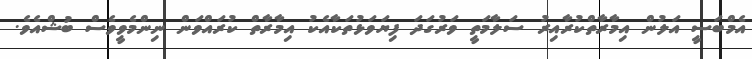
އެމްބަސީ އަލުން އިމާރާތްކުރާއިރު ސަލާމަތީ ވަރުގަދަ ފިޔަވަޅުތަކާއެކު އިމާރާތް ކުރައްވަން ނިންމެވީވެސް ބުޝްއެވެ.